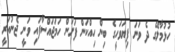
ހުޅުމާލޭގެ ދެ ވަނަ ފިޔަވަހީގެ ބިން ހިއްކަން ފަށަން ހަމަޖައްސާފައި ވަނީ ޖެނުއަރީ